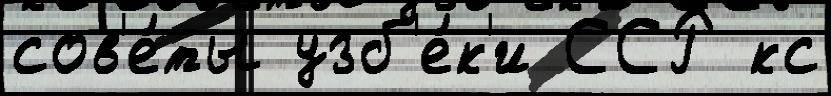
сов'е́ты узб'е́к'и ССР кс